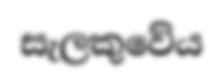
සැලකුවේය